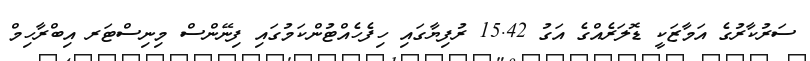
ސަރުކާރުގެ އަމާޒަކީ ޑޮލަރެއްގެ އަގު 15.42 ރުފިޔާގައި ހިފެހެއްޓުންކަމުގައި ފިނޭންސް މިނިސްޓަރ އިބްރާހިމް